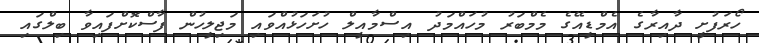
ހޯރަފުށީ ދާއިރާގެ އެމްޑީއޭގެ މެމްބަރު މުހައްމަދު އިސްމާއީލް ހުށަހަޅުއްވައި މަޖިލީހުން ފާސްކޮށްފައިވާ ބިލްގައި